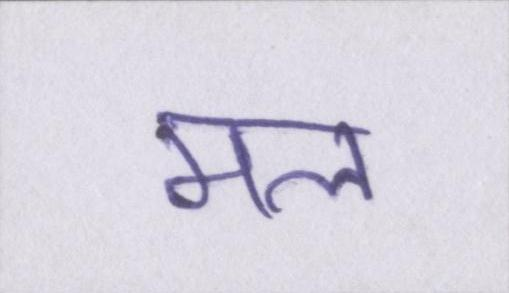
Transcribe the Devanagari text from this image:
मल